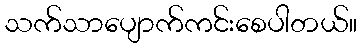
သက်သာပျောက်ကင်းစေပါတယ်။